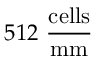
5 1 2 ~ \mathrm { \frac { c e l l s } { m m } }